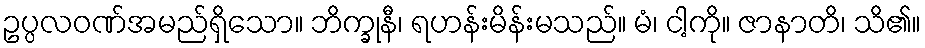
ဥပ္ပလဝဏ်အမည်ရှိသော။ ဘိက္ခုနီ၊ ရဟန်းမိန်းမသည်။ မံ၊ ငါ့ကို။ ဇာနာတိ၊ သိ၏။